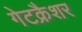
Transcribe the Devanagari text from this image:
गेटक्रैशर